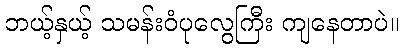
ဘယ့်နှယ့် သမန်းဝံပုလွေကြီး ကျနေတာပဲ။